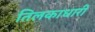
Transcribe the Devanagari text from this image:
तिलकाधारी